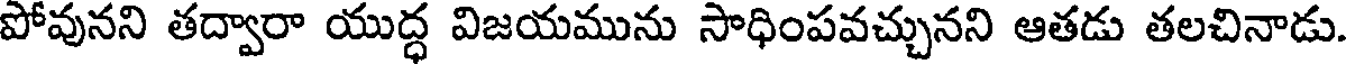
పోవునని తద్వారా యుద్ధ విజయమును సాధింపవచ్చునని ఆతడు తలచినాడు.